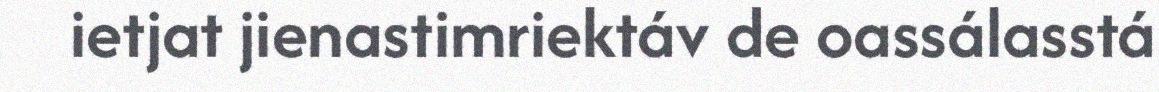
ietjat jienastimriektáv de oassálasstá